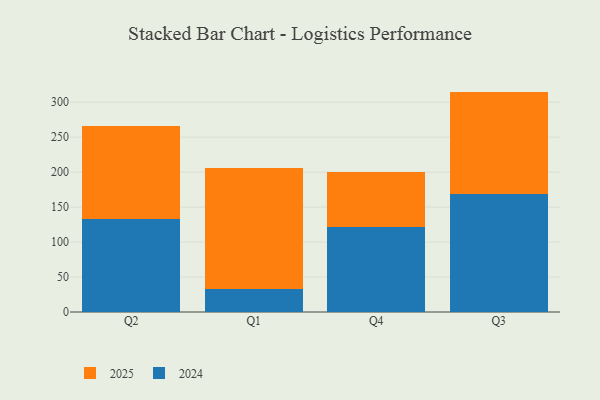
{"axis": {"x": "Quarter", "y": "Conversion Rate (%)"}, "legend": ["2024", "2025"], "data": [{"x": "Q2", "y": 133.2, "type": "2025"}, {"x": "Q2", "y": 133.2, "type": "2024"}, {"x": "Q1", "y": 173.7, "type": "2025"}, {"x": "Q1", "y": 32.7, "type": "2024"}, {"x": "Q4", "y": 79.3, "type": "2025"}, {"x": "Q4", "y": 121.0, "type": "2024"}, {"x": "Q3", "y": 146.9, "type": "2025"}, {"x": "Q3", "y": 168.3, "type": "2024"}]}